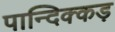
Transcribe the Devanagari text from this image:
पान्दिक्कड़